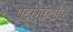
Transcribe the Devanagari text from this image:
पहारेकर्यांची